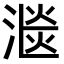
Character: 㴴